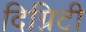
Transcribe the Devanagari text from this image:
दिग्निटी